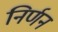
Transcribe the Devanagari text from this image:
निर्णन